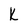
Character: K